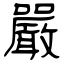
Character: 嚴